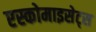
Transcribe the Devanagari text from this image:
एस्कोमाइसेट्स